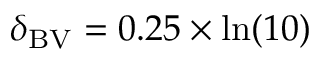
\delta _ { \mathrm { B V } } = 0 . 2 5 \times \ln ( 1 0 )